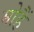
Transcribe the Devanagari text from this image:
मोहैं